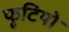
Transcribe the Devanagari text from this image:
फूटियो